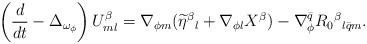
LaTeX: \begin{align*} \left( \frac{d}{dt}-\Delta_{\omega_{\phi}} \right) U_{ml}^{\beta}=\nabla_{\phi m}(\widetilde{\eta}^{\beta}{}_l+\nabla_{\phi l}X^{\beta})-\nabla_{\phi}^{\bar{q}}R_0{}^{\beta}{}_{l \bar{q}m}.\end{align*}